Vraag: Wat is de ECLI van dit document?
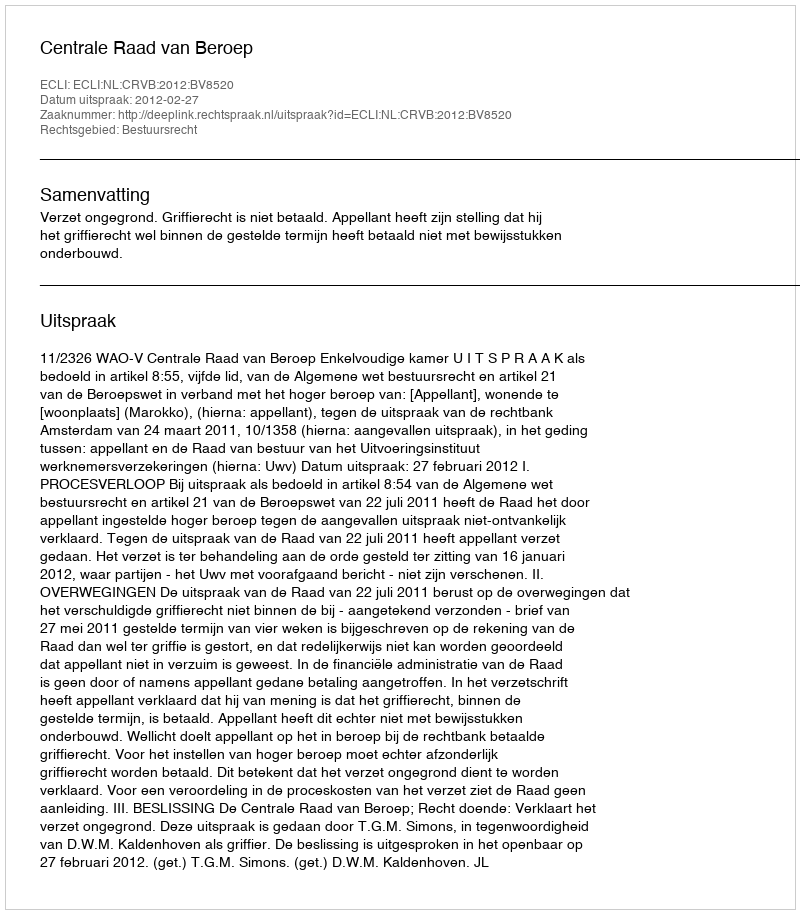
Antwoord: ECLI:NL:CRVB:2012:BV8520